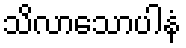
သိလာသောပါနံ